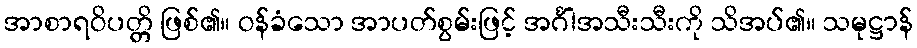
အာစာရဝိပတ္တိ ဖြစ်၏။ ဝန်ခံသော အာပတ်စွမ်းဖြင့် အင်္ဂါအသီးသီးကို သိအပ်၏။ သမုဋ္ဌာန်